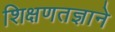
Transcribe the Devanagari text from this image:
शिक्षणतज्ञाने